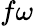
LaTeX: f\omega